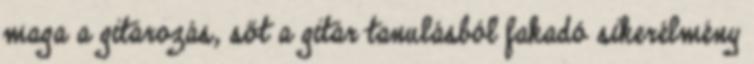
maga a gitározás, sőt a gitár tanulásból fakadó sikerélmény